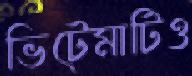
ভিটেমাটিও